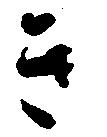
き